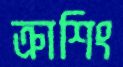
ক্রাশিং